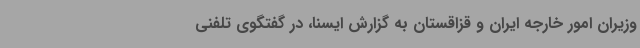
وزیران امور خارجه ایران و قزاقستان به گزارش ایسنا، در گفتگوی تلفنی